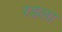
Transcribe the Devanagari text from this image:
रडला